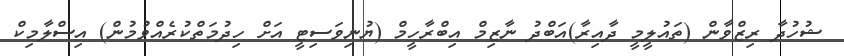
ޝުހުދާ ރިޒްވާން (ތައުލީމީ ދާއިރާ)އަބްދު ނާޒިމް އިބްރާހީމް (ޔުނިވަސިޓީ އަށް ހިދުމަތްކުރެއްވުުމުން) އިސްލާމިކް